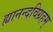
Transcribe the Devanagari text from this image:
ह्यानन्दविग्रहम्